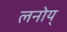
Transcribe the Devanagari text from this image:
लनोय्